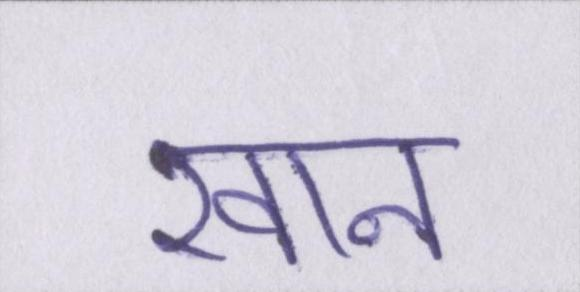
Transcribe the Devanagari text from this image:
खान